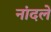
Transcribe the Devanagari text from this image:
नांदले